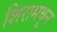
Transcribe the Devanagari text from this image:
शिरामधून